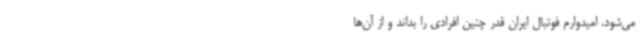
می‌شود. امیدوارم فوتبال ایران قدر چنین افرادی را بداند و از آن‌ها